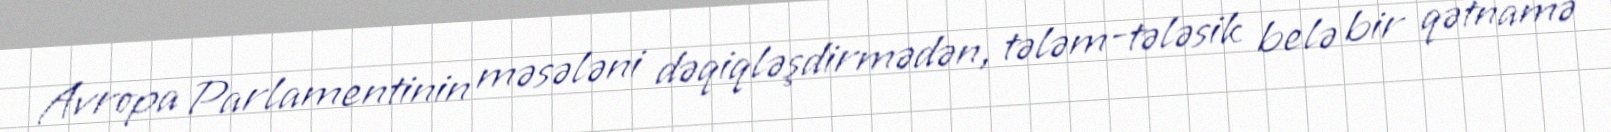
Avropa Parlamentinin məsələni dəqiqləşdirmədən, tələm-tələsik belə bir qətnamə